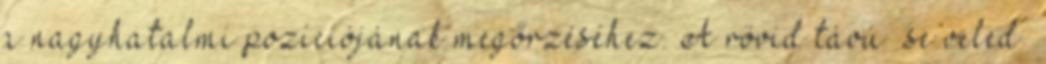
a nagyhatalmi pozíciójának megőrzéséhez. A rövid távú „se veled”